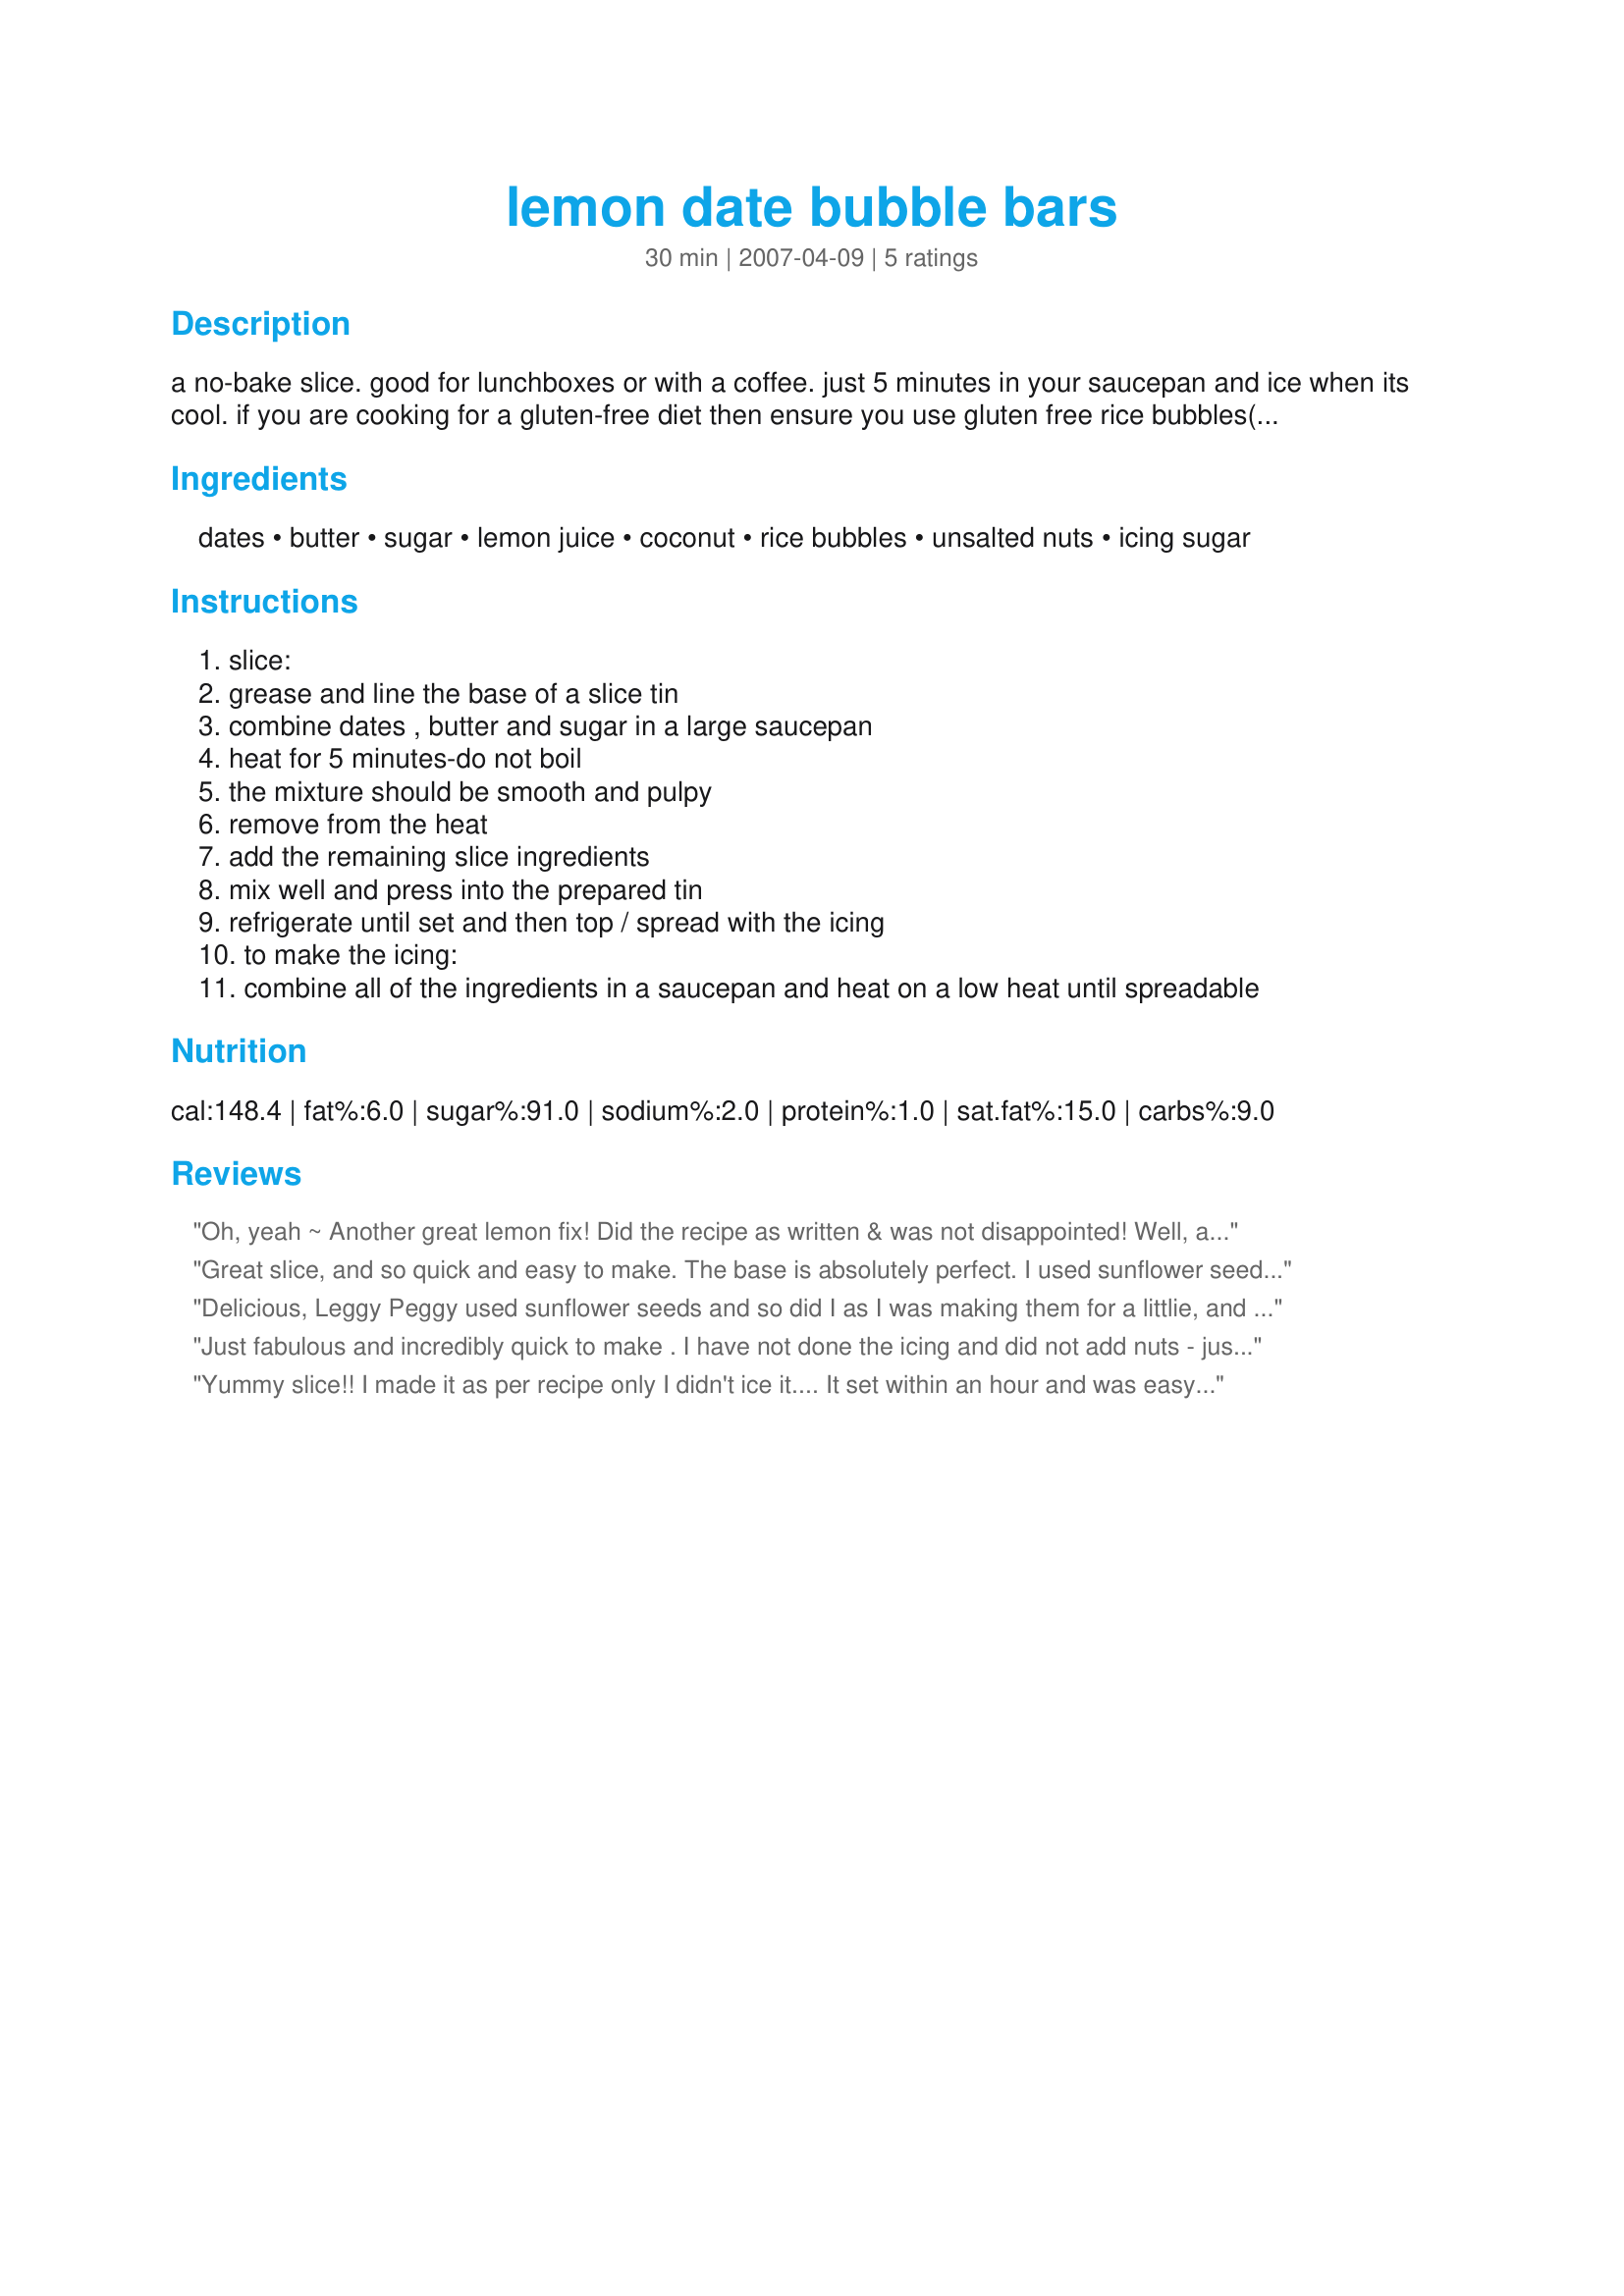
lemon date bubble bars
Preparation time: 30 minutes

a no-bake slice. good for lunchboxes or with a coffee. just 5 minutes in your saucepan and ice when its cool. if you are cooking for a gluten-free diet then ensure you use gluten free rice bubbles(rice puffs)

Ingredients:
dates, butter, sugar, lemon juice, coconut, rice bubbles, unsalted nuts, icing sugar

Steps:
slice:
grease and line the base of a slice tin
combine dates , butter and sugar in a large saucepan
heat for 5 minutes-do not boil
the mixture should be smooth and pulpy
remove from the heat
add the remaining slice ingredients
mix well and press into the prepared tin
refrigerate until set and then top / spread with the icing
to make the icing:
combine all of the ingredients in a saucepan and heat on a low heat until spreadable

Reviews:
Oh, yeah ~ Another great lemon fix! Did the recipe as written & was not disappointed! Well, actually I added something to both the slice & the icing ~ A bit of lemon zest just 'cause I'm a sucker for a lemon! Really enjoyed the combo of fruits here! And, by the way, I didn't have unsalted nuts either, but did have some salty cashews around so simply rinsed them off, patted them dry & used them! Thank you so much for a great bar that I'm happy to add to my finger foods counter! [Tagged, made & reviewed for one of my partners in the Aus/NZ Recipe Swap #21]
Great slice, and so quick and easy to make. The base is absolutely perfect. I used sunflower seeds because I couldn't find an unsalted nut (except me) anywhere in the house. The icing made the overall slice a bit on the sweet side for my taste, and could easily be omitted for those trying to reduce sugar intake. Thanks Jubes for a recipe that really caters for my love of dates, coconut and lemon.
Delicious, Leggy Peggy used sunflower seeds and so did I as I was making them for a littlie, and as it was the adults ate them all! I used dried apricots instead of dates which worked just as well. Thanks!
Just fabulous and incredibly quick to make . I have not done the icing and did not add nuts - just personal preference. I think my mother used to make this and roll into balls so there's a thought for next time. Thanks, Jubes.
Yummy slice!! I made it as per recipe only I didn't ice it.... It set within an hour and was easy to cut into squares. A hit with my husband who has already had 3 pieces !!
